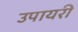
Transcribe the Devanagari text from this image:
उपायरी